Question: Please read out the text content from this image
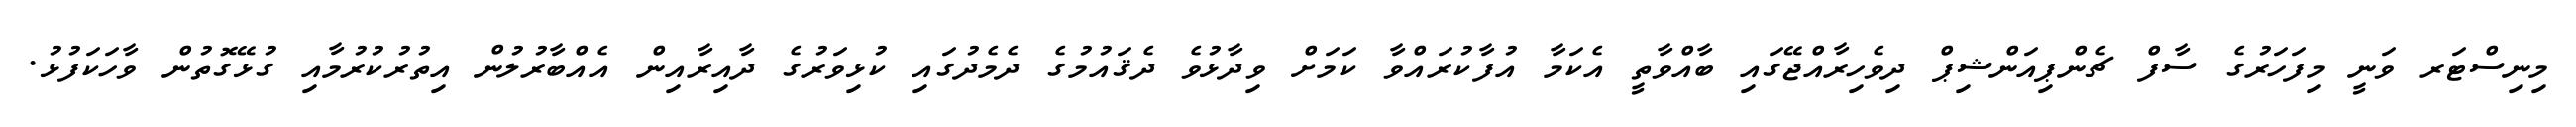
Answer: މިނިސްޓަރ ވަނީ މިފަހަރުގެ ސާފް ޗެންޕިއަންޝިޕް ދިވެހިރާއްޖޭގައި ބާއްވާތީ އެކަމާ އުފާކުރައްވާ ކަމަށް ވިދާޅުވެ ދެޤައުމުގެ ދެމެދުގައި ކުޅިވަރުގެ ދާއިރާއިން އެއްބާރުލުން އިތުރުކުރުމާއި ގުޅޭގޮތުން ވާހަކަފުޅު.